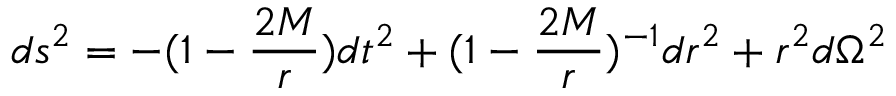
d s ^ { 2 } = - ( 1 - { \frac { 2 M } { r } } ) d t ^ { 2 } + ( 1 - { \frac { 2 M } { r } } ) ^ { - 1 } d r ^ { 2 } + r ^ { 2 } d \Omega ^ { 2 }